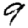
Digit: 9